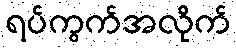
ရပ်ကွက်အလိုက်